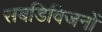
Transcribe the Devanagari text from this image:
सबडिविजनों